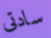
سادتى